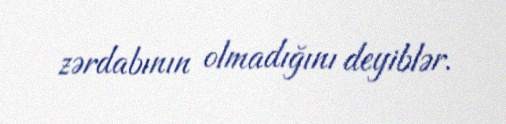
zərdabının olmadığını deyiblər.